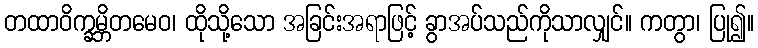
တထာဝိက္ခမ္ဘိတမေဝ၊ ထိုသို့သော အခြင်းအရာဖြင့် ခွာအပ်သည်ကိုသာလျှင်။ ကတွာ၊ ပြု၍။